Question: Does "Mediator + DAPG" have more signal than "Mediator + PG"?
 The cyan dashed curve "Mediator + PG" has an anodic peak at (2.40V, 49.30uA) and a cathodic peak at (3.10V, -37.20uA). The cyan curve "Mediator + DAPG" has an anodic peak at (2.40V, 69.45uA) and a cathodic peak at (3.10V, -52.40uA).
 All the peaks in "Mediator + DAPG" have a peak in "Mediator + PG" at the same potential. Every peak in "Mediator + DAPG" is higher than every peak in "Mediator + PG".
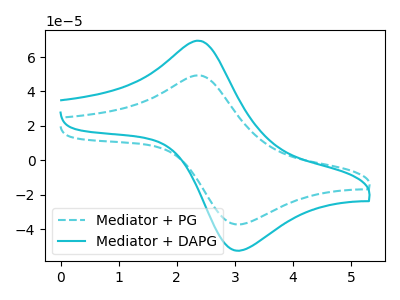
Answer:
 <answer>"Mediator + DAPG" has more signal than "Mediator + PG".</answer>
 <eval>more_signal</eval>